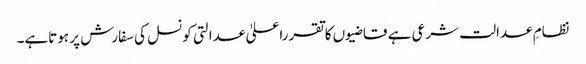
نظامِ عدالت شرعی ہے قاضیوں کاتقرراعلیٰ عدالتی کونسل کی سفارش پر ہوتاہے۔